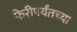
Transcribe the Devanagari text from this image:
फेरीपर्यंतच्या